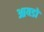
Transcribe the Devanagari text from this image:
आयडो